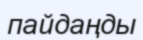
пайдаңды